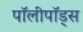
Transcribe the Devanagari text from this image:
पॉलीपॉड्स